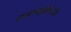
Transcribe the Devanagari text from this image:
उपयामगृहीतोऽसि